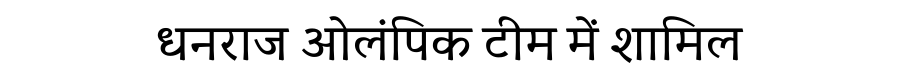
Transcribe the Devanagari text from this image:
धनराज ओलंपिक टीम में शामिल